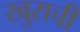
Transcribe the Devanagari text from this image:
खुराची